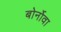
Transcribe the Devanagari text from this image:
बोर्नोवा